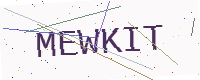
Text: MEWKIT